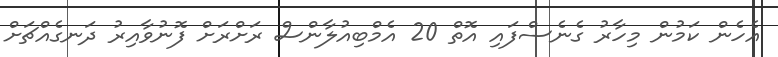
އެހެން ކަމުން މިހާރު ގެެނެސްފައި އޮތް 20 އެމްބިއުލާންސް ރަށްރަށް ފޮނުވާއިރު ދަނގެއްޗަށް